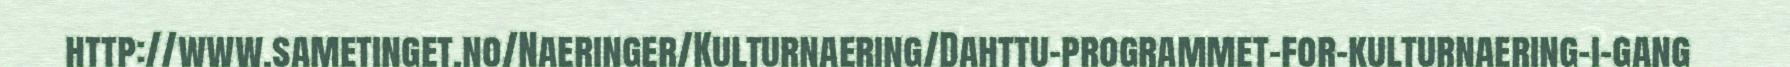
http://www.sametinget.no/Naeringer/Kulturnaering/Dahttu-programmet-for-kulturnaering-i-gang